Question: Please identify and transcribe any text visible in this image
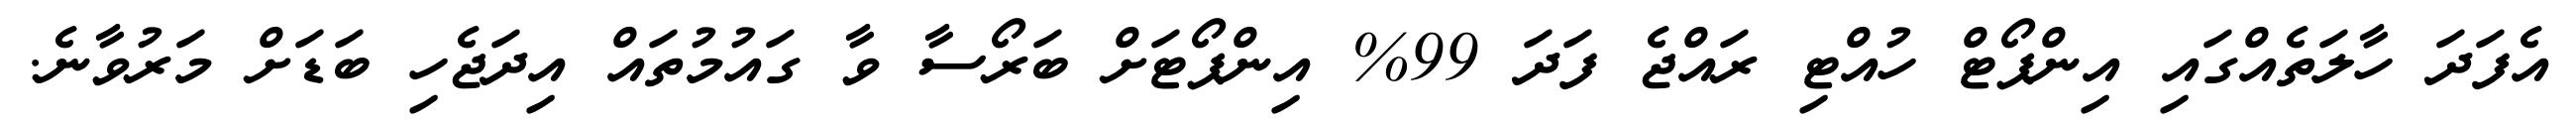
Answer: އެފަދަ ހާލަތެއްގައި އިންޕޯޓް ހުއްޓި ރައްޖެ ފަދަ 99% އިންޕޯޓަށް ބަރޯސާ ވާ ގައުމުތައް އިދަޖެހި ބަޑަށް މަރުވާނެ.